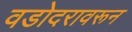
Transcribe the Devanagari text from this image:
वडोदरावरून